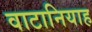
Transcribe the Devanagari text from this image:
वाटानियाह